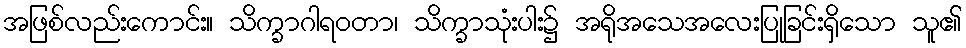
အဖြစ်လည်းကောင်း။ သိက္ခာဂါရဝတာ၊ သိက္ခာသုံးပါး၌ အရိုအသေအလေးပြုခြင်းရှိသော သူ၏